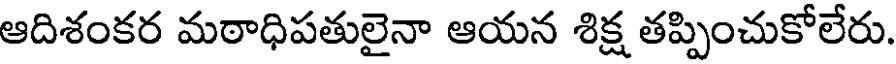
ఆదిశంకర మఠాధిపతులైనా ఆయన శిక్ష తప్పించుకోలేరు.